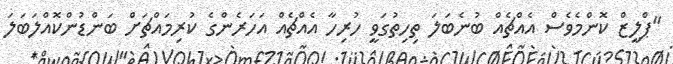
"ޕްލީޒް ކޮންމެވެސް އެއްޗެއް ބުނެބަލަ ތިހިތުގަަވީ ހުރިހާ އެއްޗެއް އަހަރެންގެ ކުރިމައްޗަށް ބަންޑުންކޮއްލަބަލަ